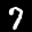
Label: 7